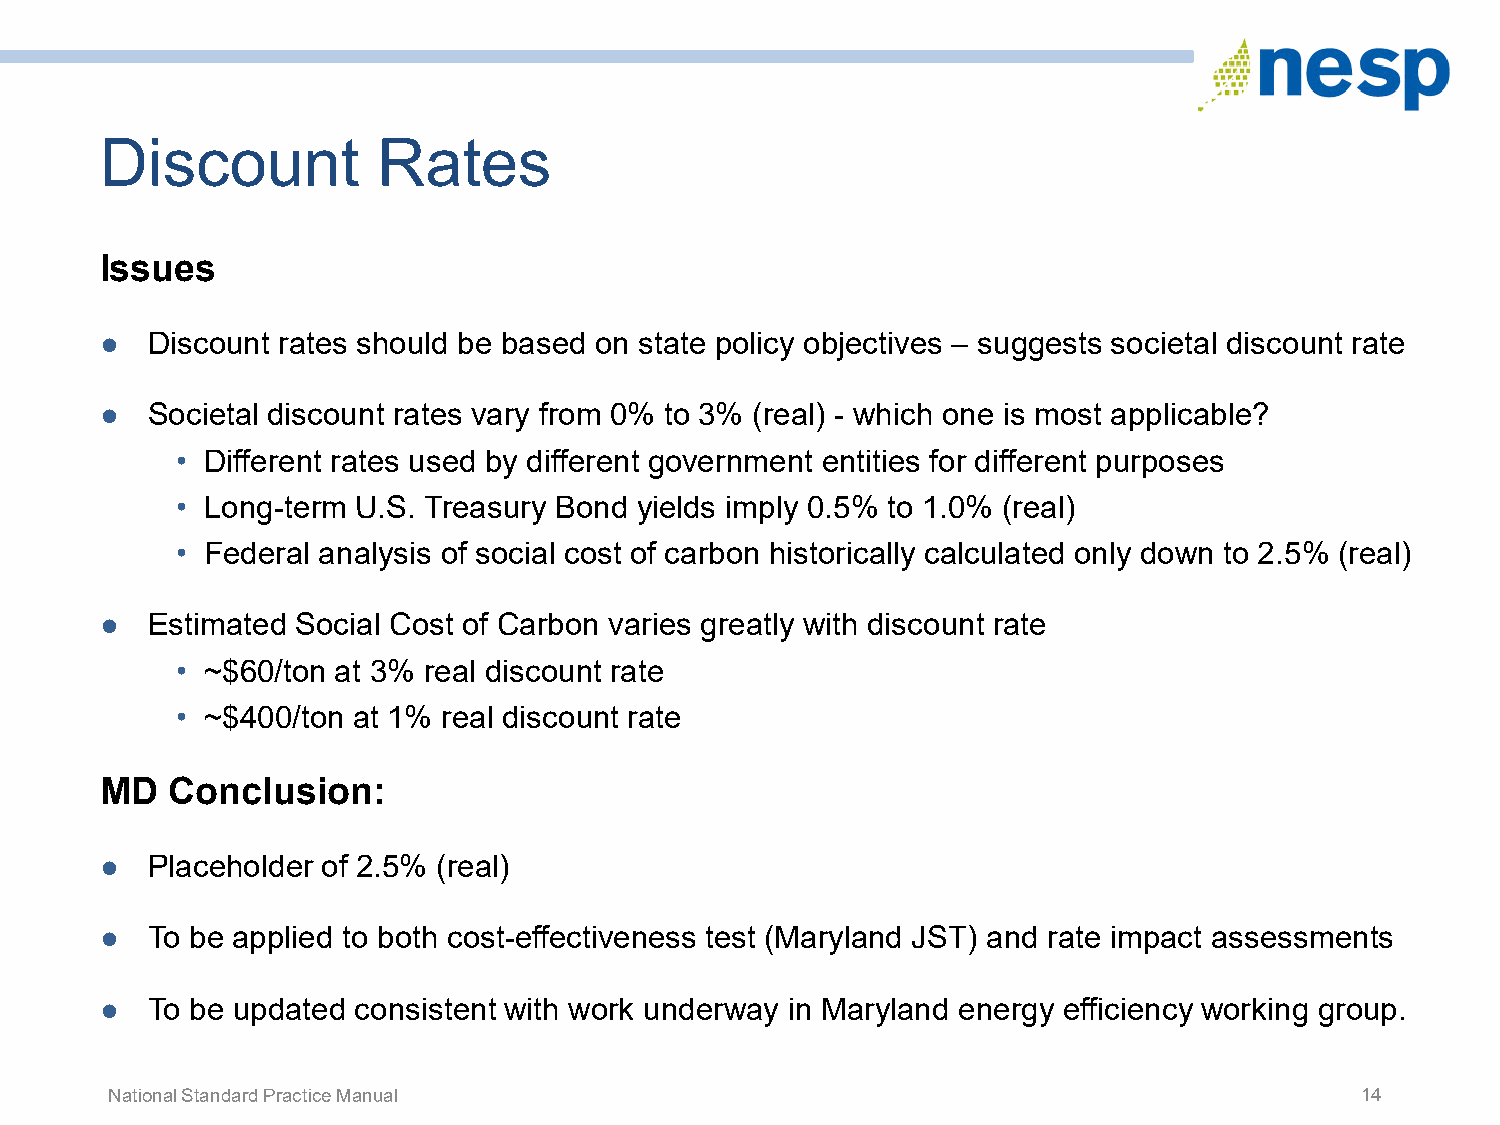
Discount          Rates
 Issues
 ●  Discount rates should be based on state policy objectives – suggests societal discount rate
 ●  Societal discount rates vary from 0% to 3% (real) - which one is most applicable?
 • Different rates used by different government entities for different purposes
 • Long-term U.S. Treasury Bond yields imply 0.5% to 1.0% (real)
 • Federal analysis of social cost of carbon historically calculated only down to 2.5% (real)
 ●  Estimated Social Cost of Carbon varies greatly with discount rate
 • ~$60/ton at 3% real discount rate
 • ~$400/ton at 1% real discount rate
 MD  Conclusion:
 ●  Placeholder of 2.5% (real)
 ●  To be applied to both cost-effectiveness test (Maryland JST) and rate impact assessments
 ●  To be updated consistent with work underway in Maryland energy efficiency working group.
 National Standard Practice Manual                                                  14